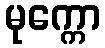
မုက္ကော